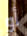
أو